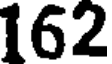
162